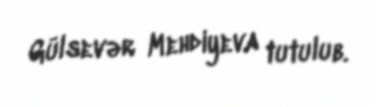
Gülsevər Mehdiyeva tutulub.